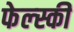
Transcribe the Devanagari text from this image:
फेल्स्की